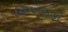
વિજવાડા